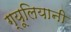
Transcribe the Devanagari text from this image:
ग्यूलियानी